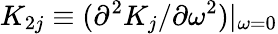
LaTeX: K_{2j}\equiv(\partial^{2}K_{j}/\partial\omega^{2})|_{\omega=0}